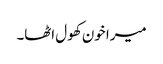
میرا خون کھول اٹھا۔